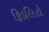
ફિડલિટો